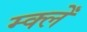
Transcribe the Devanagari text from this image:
म्क्लेँ